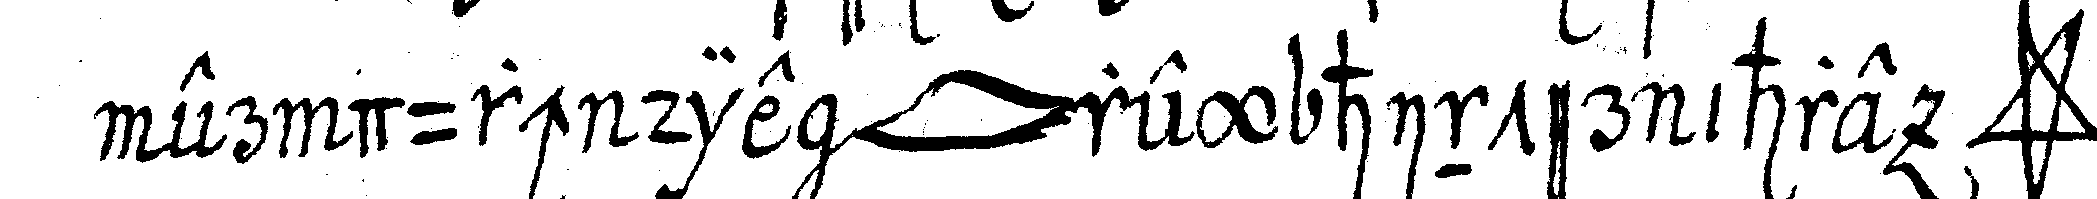
er durch die *lip* rey hinter ihre *star*